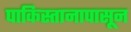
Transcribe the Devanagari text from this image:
पाकिस्तानापासून